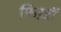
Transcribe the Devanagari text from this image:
फ़िख़ों